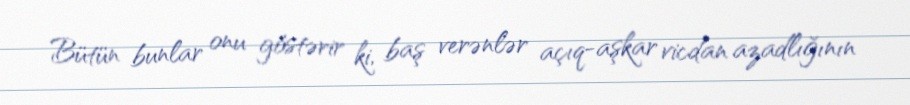
Bütün bunlar onu göstərir ki, baş verənlər açıq-aşkar vicdan azadlığının